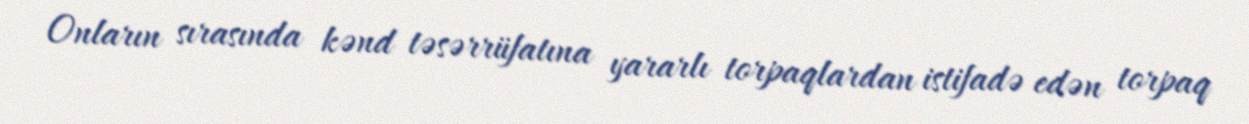
Onların sırasında kənd təsərrüfatına yararlı torpaqlardan istifadə edən torpaq